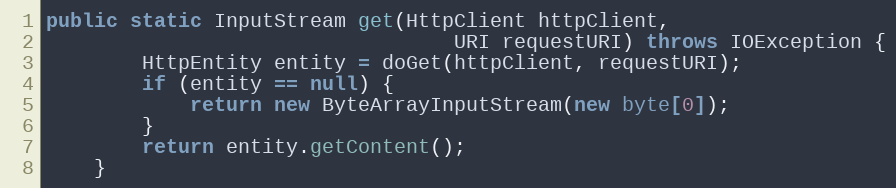
Language: Java
public static InputStream get(HttpClient httpClient,
                                  URI requestURI) throws IOException {
        HttpEntity entity = doGet(httpClient, requestURI);
        if (entity == null) {
            return new ByteArrayInputStream(new byte[0]);
        }
        return entity.getContent();
    }